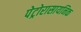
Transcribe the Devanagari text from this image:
पेट्रोरासायनिक